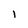
Character: 1